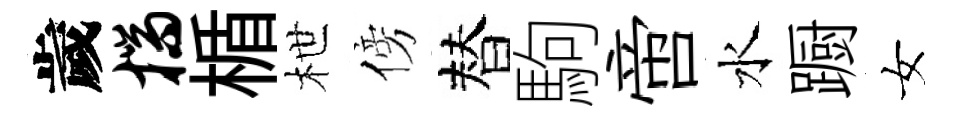
歲揣楯枻傍替駒啻水蹰女